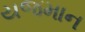
યજમાન